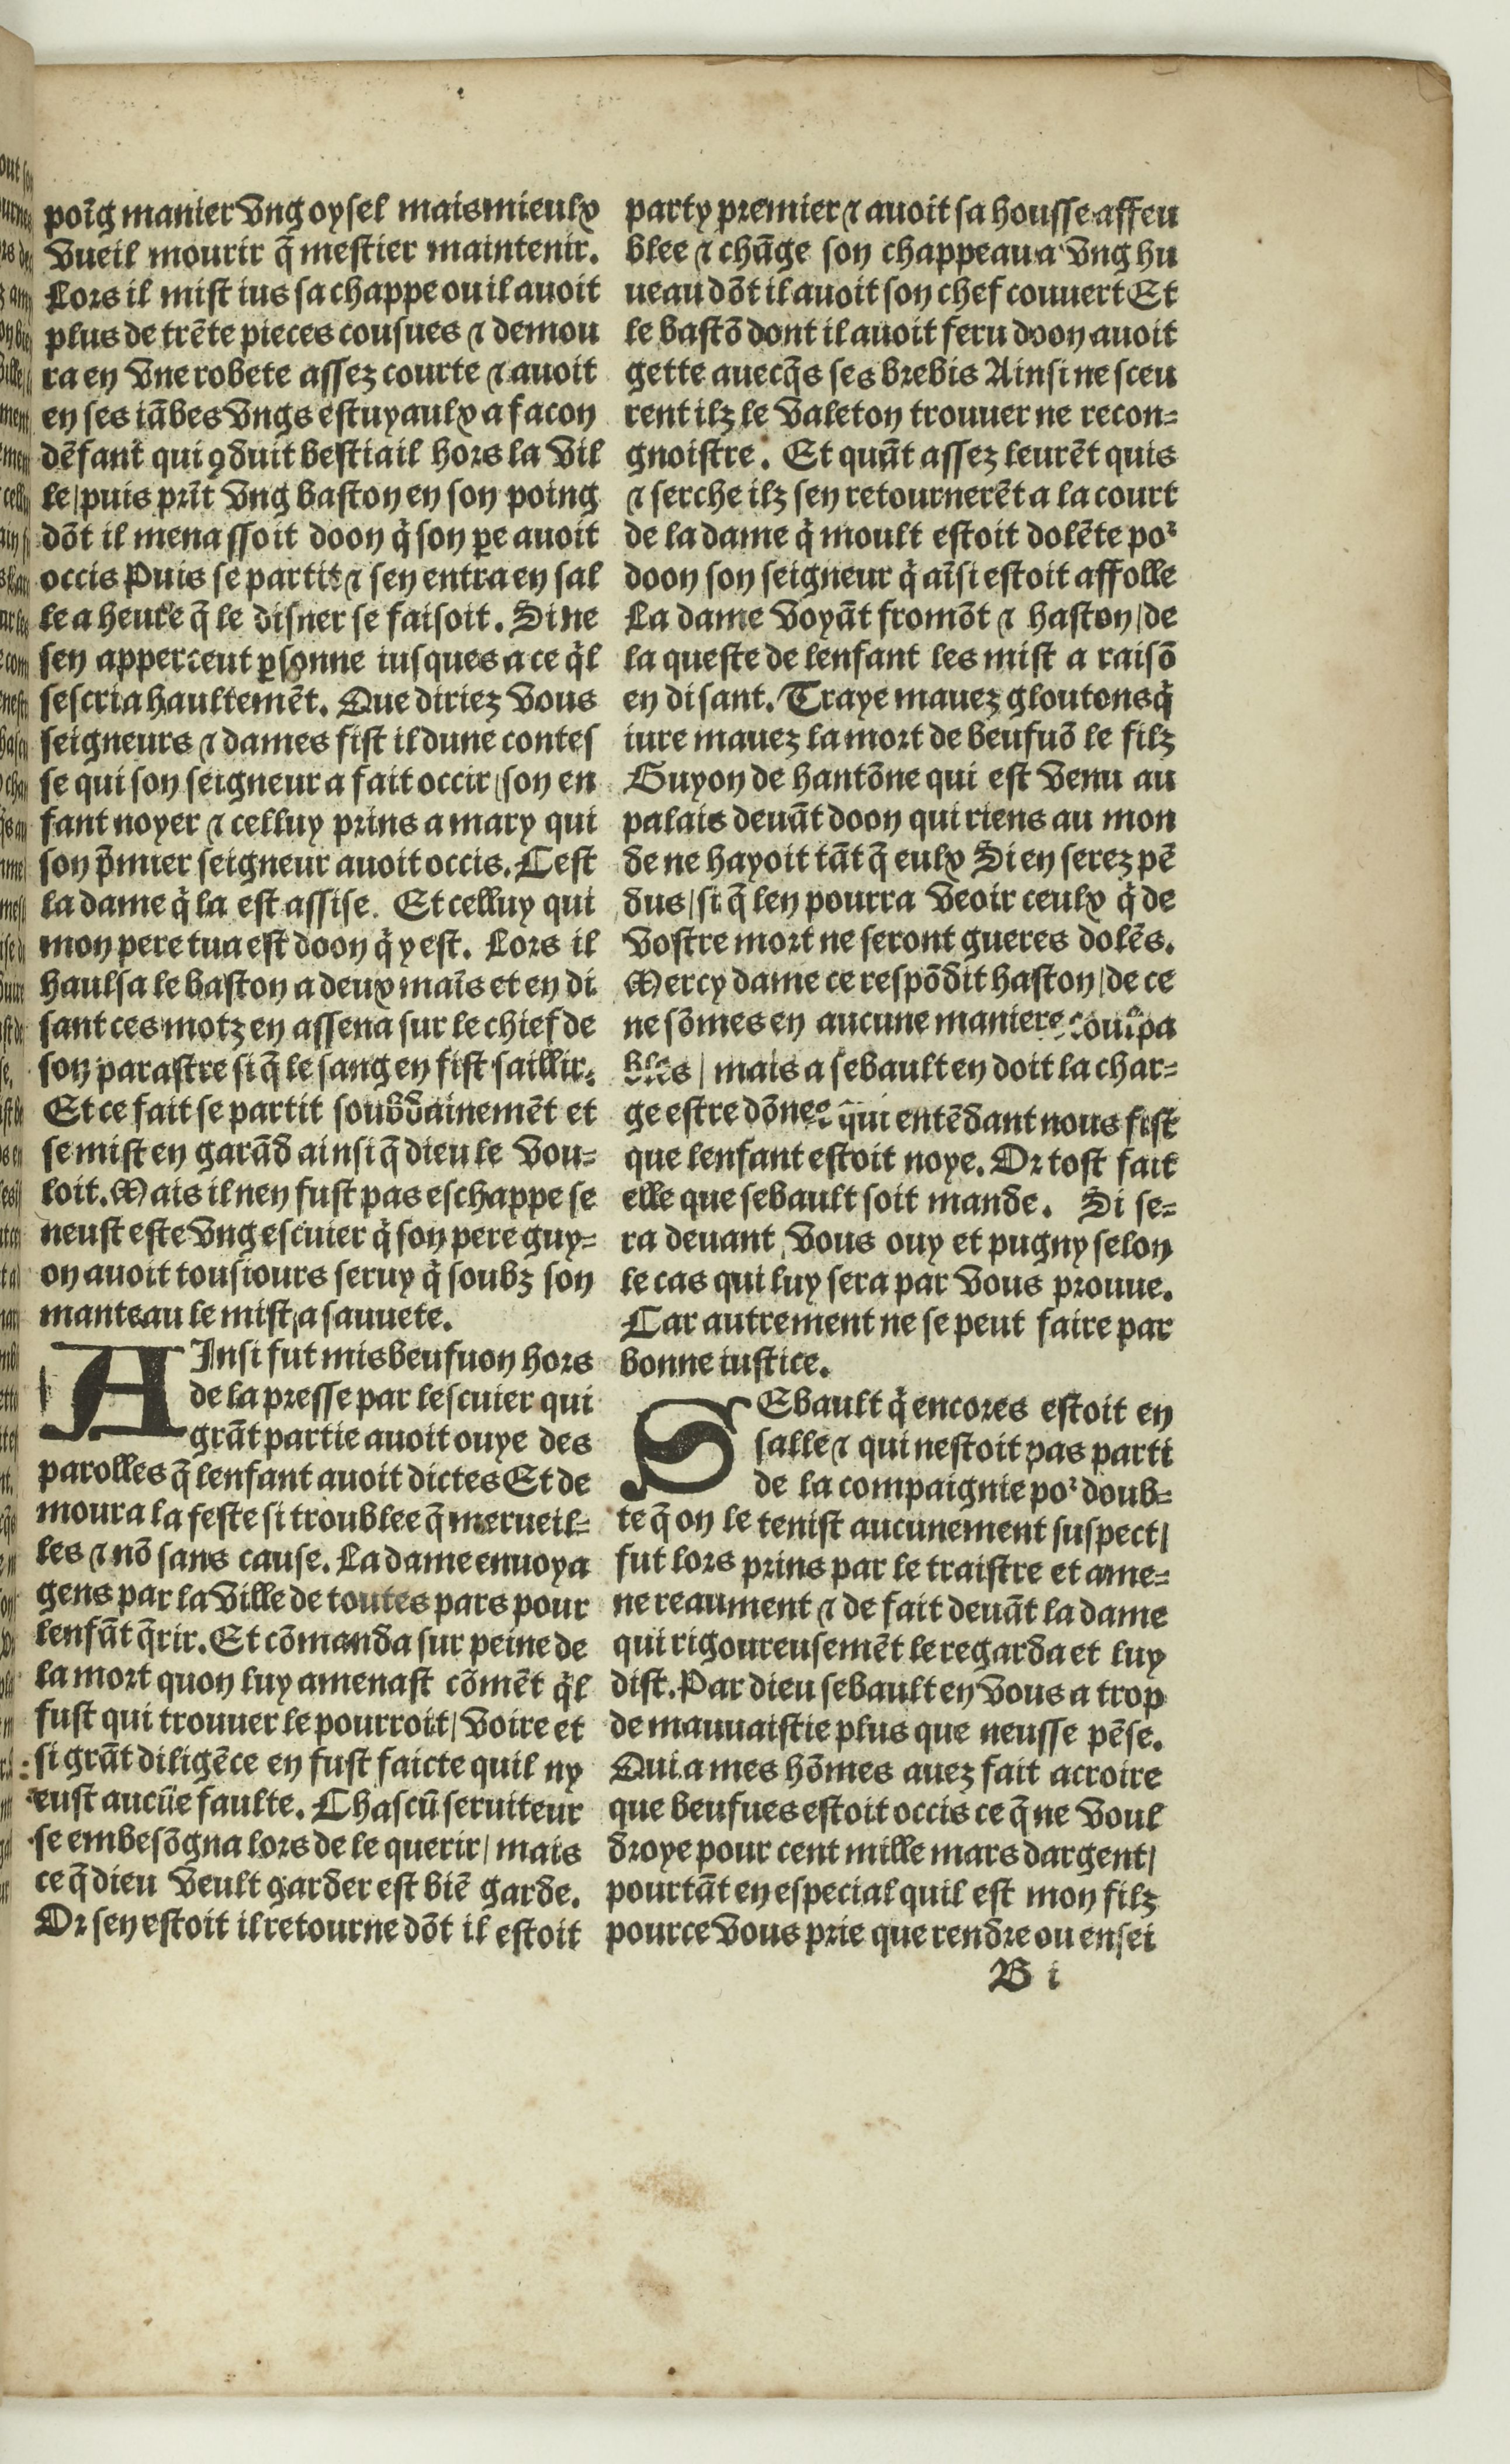
Shelfmark: Paris, BnF, Rés. Y2-674
Century: 16